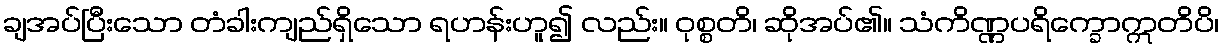
ချအပ်ပြီးသော တံခါးကျည်ရှိသော ရဟန်းဟူ၍ လည်း။ ဝုစ္စတိ၊ ဆိုအပ်၏။ သံကိဏ္ဏပရိက္ခောဣတိပိ၊